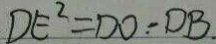
D E ^ { 2 } = D O - D B .